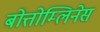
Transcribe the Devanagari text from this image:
बोत्तोम्लिनेस